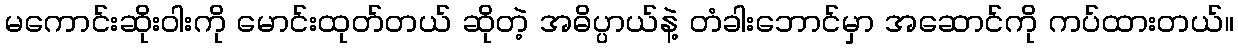
မကောင်းဆိုးဝါးကို မောင်းထုတ်တယ် ဆိုတဲ့ အဓိပ္ပာယ်နဲ့ တံခါးဘောင်မှာ အဆောင်ကို ကပ်ထားတယ်။